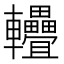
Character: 𨐁